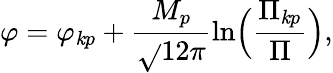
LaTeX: \varphi={\varphi_{\mathit{k}p}}+\frac{{M_{p}}}{{\sqrt{}{{12\pi}}}}\ln\Bigl(\frac{{{\Pi}_{\mathit{k}p}}}{{\Pi}}\Bigr),